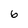
Character: 6